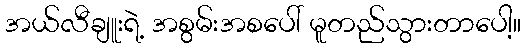
အယ်လီချူးရဲ့ အစွမ်းအစပေါ် မူတည်သွားတာပေါ့။